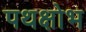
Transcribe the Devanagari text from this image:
पथक्षोभ